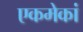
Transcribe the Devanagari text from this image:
एकमेकां